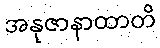
အနုဇာနာထာတိ